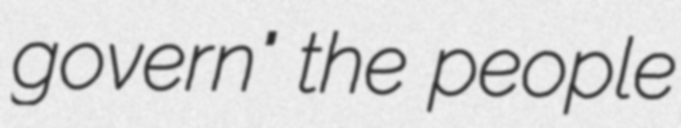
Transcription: govern" the people